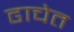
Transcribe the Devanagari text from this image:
ढाचेत